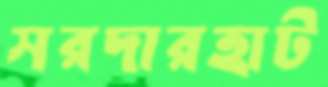
সরদারহাট